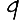
Digit: 9